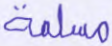
مسلمة